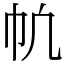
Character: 㠶